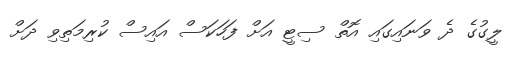
ލީގުގެ ދެ ވަނައިގައި އޮތް ސިޓީ އަށް ފަހަކަސް އައިސް ކުރިމަތިވި ދަށް